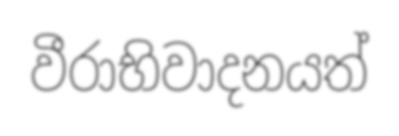
වීරාභිවාදනයත්